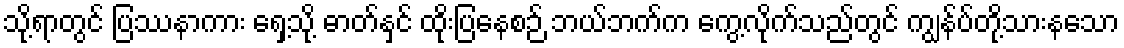
သို့ရာတွင် ပြဿနာကား ရှေ့သို့ ဓာတ်နှင် ထိုးပြနေစဉ် ဘယ်ဘက်က ကွေ့လိုက်သည်တွင် ကျွန်ပ်တို့သားနသော